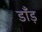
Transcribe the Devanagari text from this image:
डाँड़